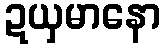
ဍယှမာနော